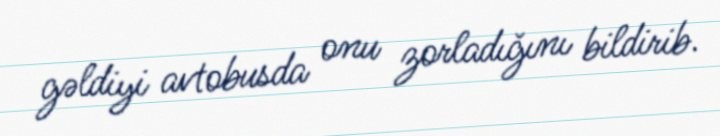
gəldiyi avtobusda onu zorladığını bildirib.